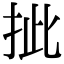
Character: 㧗